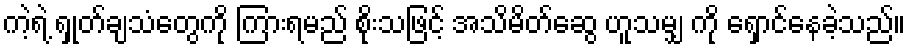
ကဲ့ရဲ့ ရှုတ်ချသံတွေကို ကြားရမည် စိုးသဖြင့် အသိမိတ်ဆွေ ဟူသမျှ ကို ရှောင်နေခဲ့သည်။